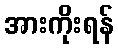
အားကိုးရန်